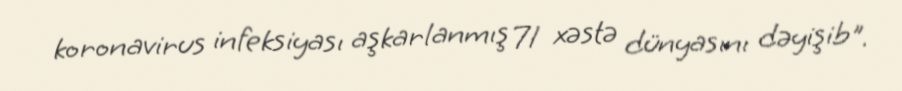
koronavirus infeksiyası aşkarlanmış 71 xəstə dünyasını dəyişib".